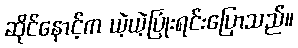
ဆိုင်နောင့်က ယဲ့ယဲ့ပြုံးရင်းပြောသည်။